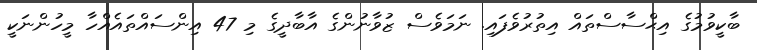
ބާކީވުމުގެ އިޙްސާސްތައް އިތުރުވެފައި. ނަމަވެސް ޒުވާނުންގެ އާބާދީގެ މި 47 އިންސައްތައެއްހާ މީހުންނަކީ